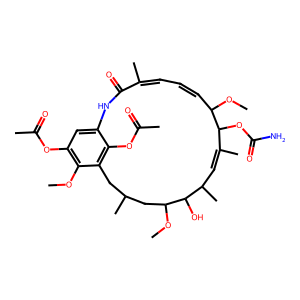
SMILES: COc1c(OC(C)=O)cc2c(OC(C)=O)c1CC(C)CC(OC)C(O)C(C)C=C(C)C(OC(N)=O)C(OC)C=CC=C(C)C(=O)N2
Inhibits HIV replication: No